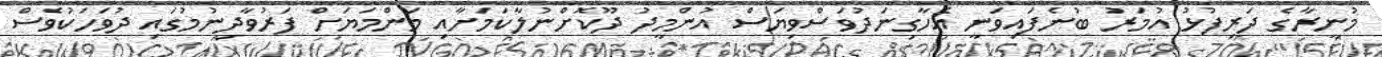
މުނީރާގެ ދަރިފުޅު އުމަރު ބުނެފައިވަނީ އެހާގިނަދުވަސްވިޔަސް އުންމީދު ދޫކޮށްނުލާކަމަށާއި މަންމަޔަށް ފަރުވާދިނުމުގައި ދުވަހަކުވެސް